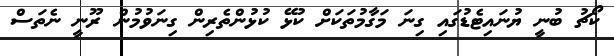
ކޯޗު ބުނީ ޔުނައިޓެޑުގައި ގިނަ މަގާމުތަކަަށް ކުޅޭ ކުޅުންތެރިން ގިނަވުމުން ރޫނީ ނެތަސް